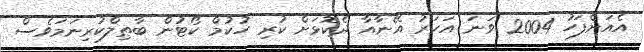
އެއަށްފަހު 2004 ވަނަ އަހަރު އޭނާއާ ދެކޮޅަށް ކުރި ހުކުމް ކޯޓުން ބާޠިލްކުރިނަމަވެސް